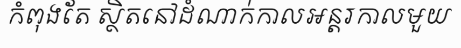
កំពុងតែ ស្ថិតនៅដំណាក់កាលអន្តរកាលមួយ